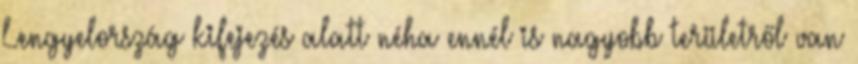
Lengyelország kifejezés alatt néha ennél is nagyobb területről van